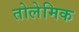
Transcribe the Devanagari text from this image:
तोलेमिक